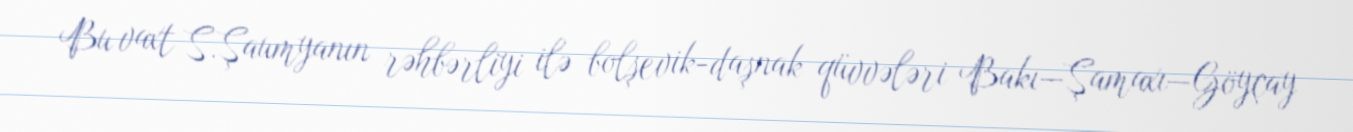
Bu vaxt S.Şaumyanın rəhbərliyi ilə bolşevik-daşnak qüvvələri Bakı—Şamaxı—Göyçay